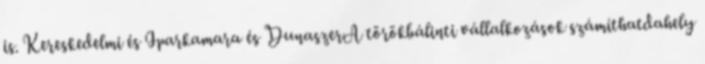
is. Kereskedelmi és Iparkamara és DunaszerA törökbálinti vállalkozások számíthatdahely